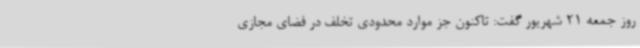
روز جمعه 21 شهریور گفت: تاکنون جز موارد محدودی تخلف در فضای مجازی